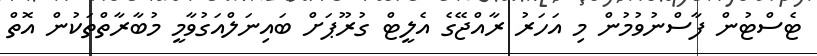
ޓެސްޓުން ފާސްނުވުމުން މި އަހަރު ރާއްޖޭގެ އެލީޓް ގުރޫޕަށް ބައިނަލްއަގުވާމީ މުބާރާތްތަކުން އޮތް